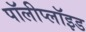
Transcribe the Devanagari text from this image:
पॉलीप्लॉइड